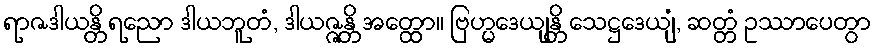
ရာဇဒါယန္တိ ရညော ဒါယဘူတံ, ဒါယဇ္ဇန္တိ အတ္ထော။ ဗြဟ္မဒေယျန္တိ သေဋ္ဌဒေယျံ, ဆတ္တံ ဥဿာပေတွာ